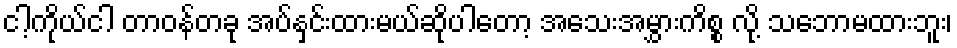
ငါ့ကိုယ်ငါ တာဝန်တခု အပ်နှင်းထားမယ်ဆိုပါတော့ အသေးအမွှားကိစ္စ လို့ သဘောမထားဘူး၊